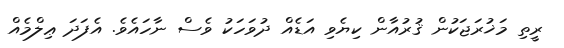
ރީތި މަޚުރަޖަކުން ޤުރުއާން ކިޔެވި އަޑެއް ދުވަހަކު ވެސް ނާހައެވެ. އެފަދަ ޢިލްމެއް